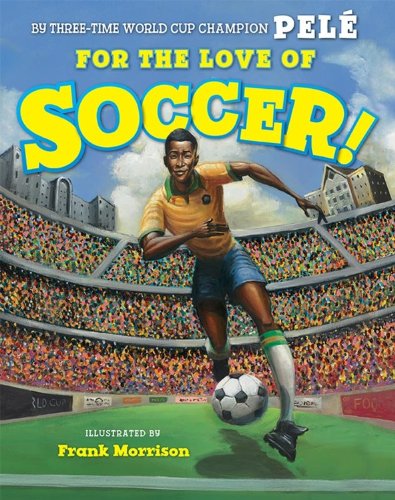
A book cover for For the Love of Soccer!; PelÃ©; Children's Books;